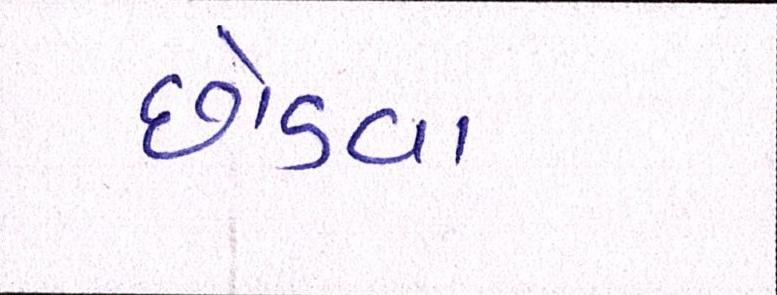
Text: છોડવા